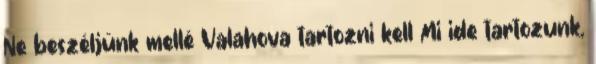
Ne beszéljünk mellé Valahova tartozni kell Mi ide tartozunk,